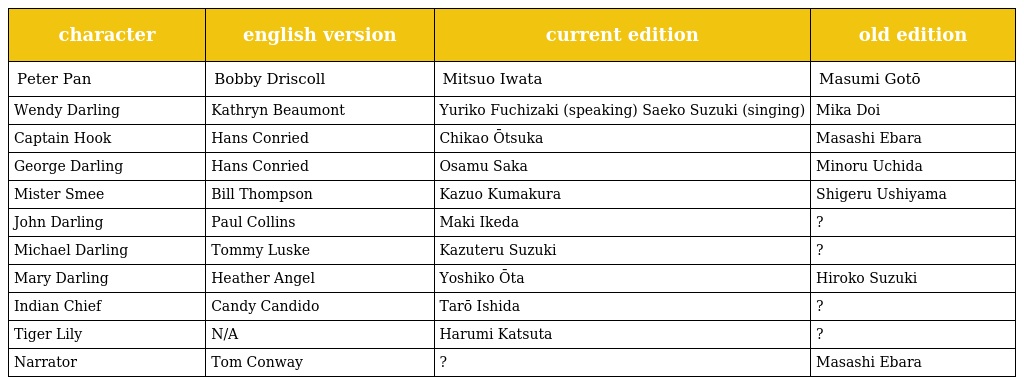
| character | english version | current edition | old edition |
 | --- | --- | --- | --- |
 | Peter Pan | Bobby Driscoll | Mitsuo Iwata | Masumi Gotō |
 | Wendy Darling | Kathryn Beaumont | Yuriko Fuchizaki (speaking) Saeko Suzuki (singing) | Mika Doi |
 | Captain Hook | Hans Conried | Chikao Ōtsuka | Masashi Ebara |
 | George Darling | Hans Conried | Osamu Saka | Minoru Uchida |
 | Mister Smee | Bill Thompson | Kazuo Kumakura | Shigeru Ushiyama |
 | John Darling | Paul Collins | Maki Ikeda | ? |
 | Michael Darling | Tommy Luske | Kazuteru Suzuki | ? |
 | Mary Darling | Heather Angel | Yoshiko Ōta | Hiroko Suzuki |
 | Indian Chief | Candy Candido | Tarō Ishida | ? |
 | Tiger Lily | N/A | Harumi Katsuta | ? |
 | Narrator | Tom Conway | ? | Masashi Ebara |